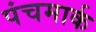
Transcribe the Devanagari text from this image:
पंचमार्क